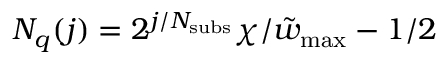
N _ { q } ( j ) = 2 ^ { j / N _ { \mathrm { s u b s } } } \chi / \tilde { w } _ { \mathrm { m a x } } - 1 / 2